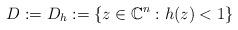
LaTeX: \begin{align*}D:=D_h:=\{z\in\mathbb{C}^n:h(z)<1\}\end{align*}